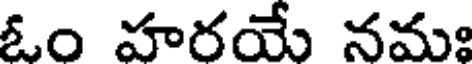
ఓం హరయే నమః